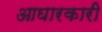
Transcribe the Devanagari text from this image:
आघारकारी